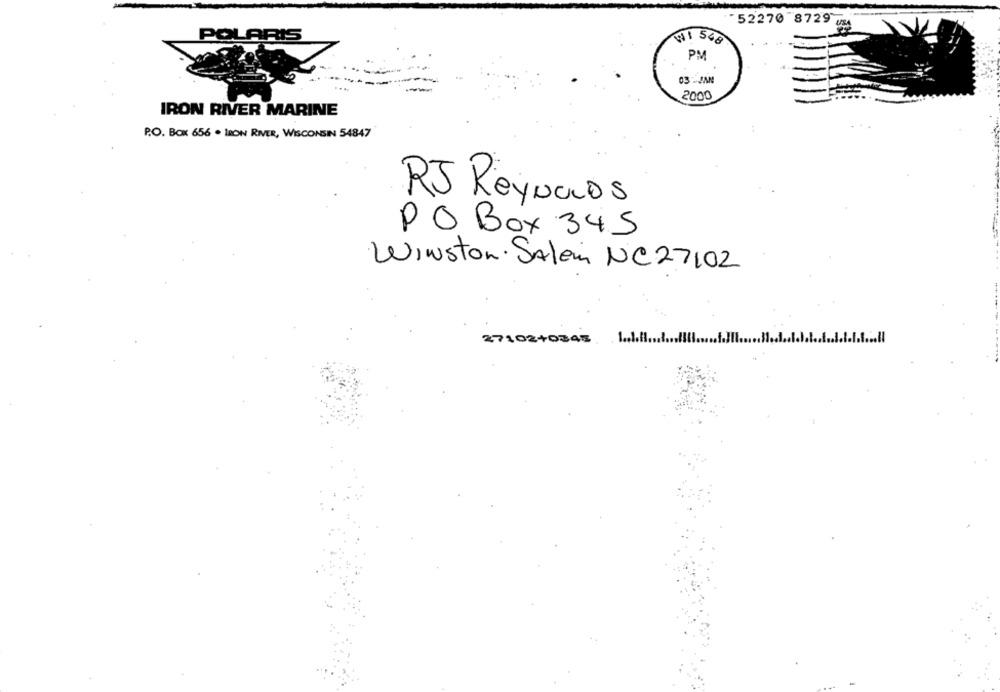
52270 8729
POLARIS
WI 548
PM
03-JAN
2000
IRON RIVER MARINE
P.O. BOX 656 . IRON RIVER, WISCONSIN 54847
RJ ReyNaos
PO Box 345
Winston Salem NC27102
2710240345.